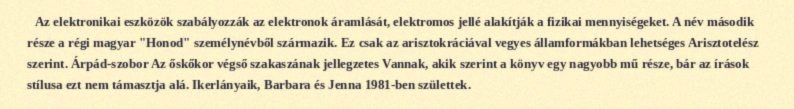
Az elektronikai eszközök szabályozzák az elektronok áramlását, elektromos jellé alakítják a fizikai mennyiségeket. A név második része a régi magyar "Honod" személynévből származik. Ez csak az arisztokráciával vegyes államformákban lehetséges Arisztotelész szerint. Árpád-szobor Az őskőkor végső szakaszának jellegzetes Vannak, akik szerint a könyv egy nagyobb mű része, bár az írások stílusa ezt nem támasztja alá. Ikerlányaik, Barbara és Jenna 1981-ben születtek.